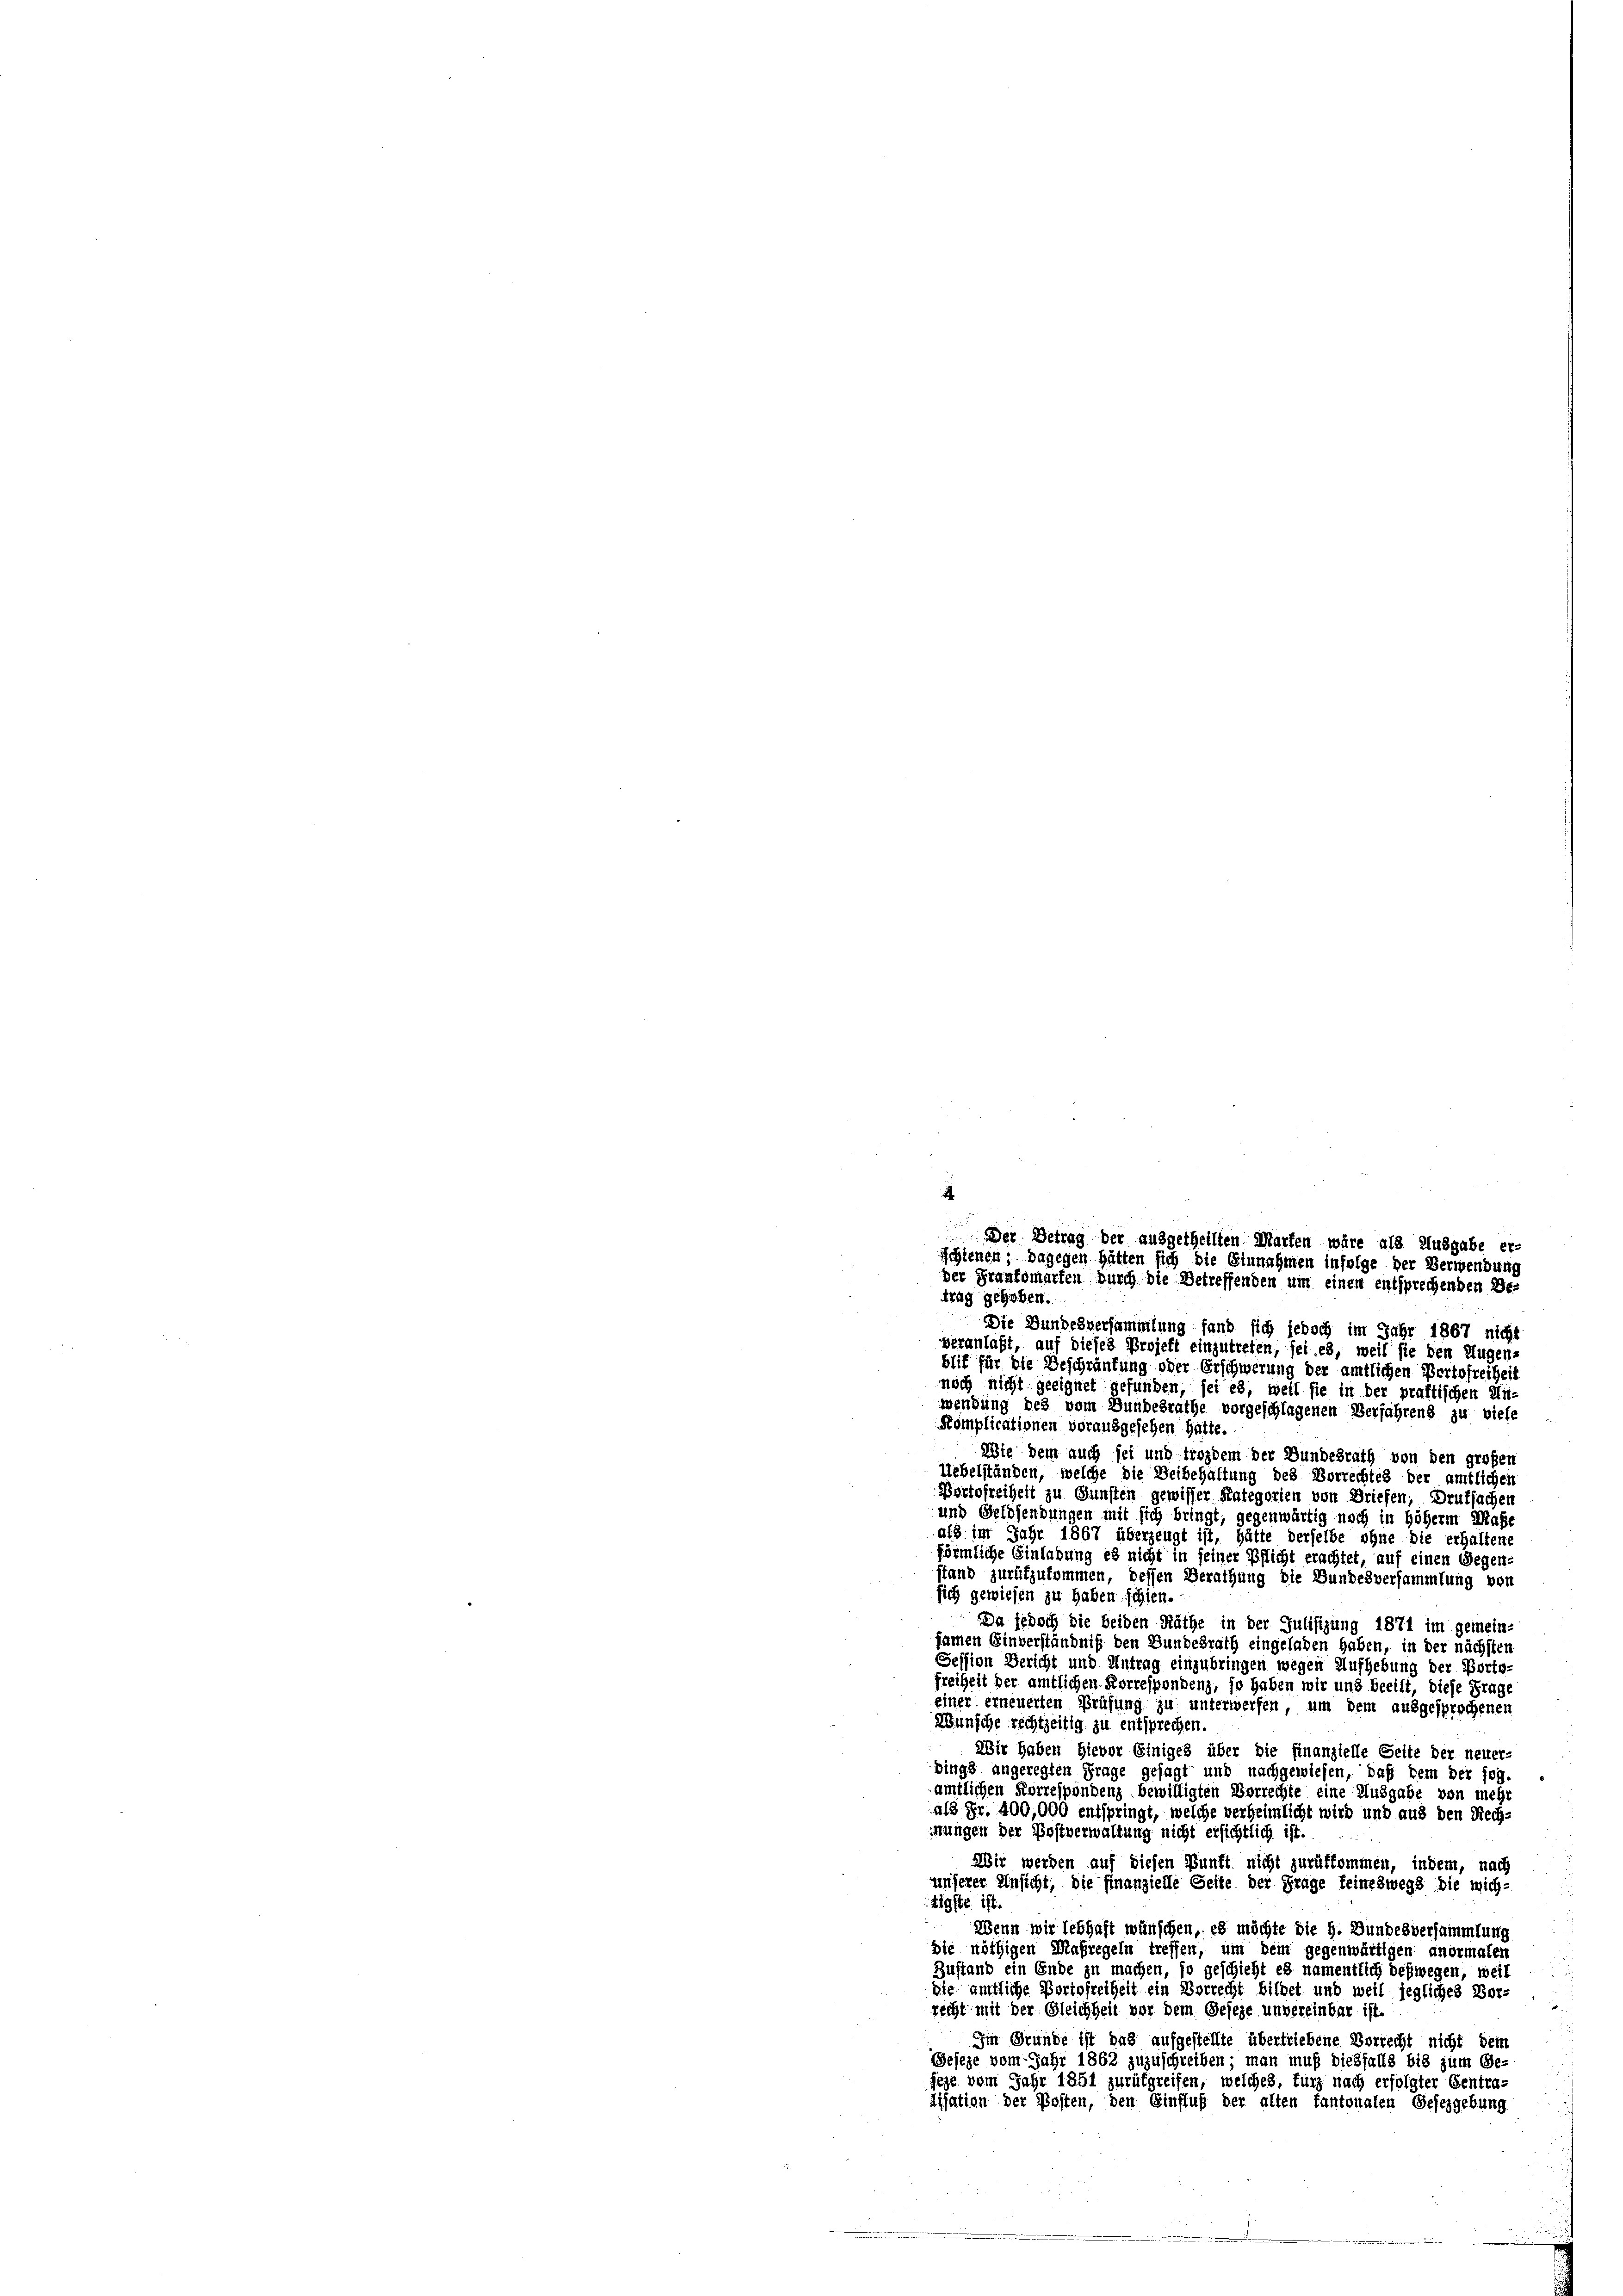
.
Der Betrag der ausgetheilten Marten wäre als Ausgabe er-
schienen; dagegen hätten sich die Einnahmen infolge der Verwendung
der Frankomarten durch die Betreffenden um einen entsprechenden De-
trag gehoben.
Die Bundesversammlung fand sich jedoch im Jahr 1867 nicht
veranlaßt, auf dieses Projekt einzutreten, sei es, weil sie den Augen-
blif für die Beschränkung oder Erschwerung der amtlichen Bertofreiheit

noch nicht geeignet gefunden, sei es, weil sie in der praktischen Unwendung des vom Bundesrathe vorgeschlagenen Verjährens zu viele
Komplicationen vorausgesehen hatte.
Wie dem auch sei und trozdem der Bundesrath von den großen
Uebelständen, welche die Deibehaltung des Vorrechtes der amtlichen
Portofreiheit zu Gunsten gewisser Kategorien von Briefen; Drufsachen
und Geldsendungen mit sich bringt, gegenwärtig noch in höherm Maße
als im Jahr 1867 überzeugt ist, hätte derselbe ohne die erhaltene
förmliche Einlabung es nicht in seiner Pflicht erachtet, auf einen Gegen-
stand zurükzukommen, dessen Berathung die Bundesversammlung von
sich gewiesen zu haben schien.
Da jedoch die beiden Räthe in der Julisizung 1871 im gemein-
samen Einverständniß den Bundesrath eingeladen haben, in der nächsten
Session Gericht und Antrag einzubringen wegen Aufhebung der Porto-
Freiheit der amtlichen Korrespondenz, so haben wir und beeilt, diese Frage
einer erneuerten Prüfung zu unterwerfen, um dem ausgesprochenen
Wünsche rechtzeitig zu entsprechen.
Wir haben hievor Einiges über die finanzielle Seite der neuer-
bings angeregten Frage gesagt und nachgewiesen, daß dem der sog.
amtlichen Korrespondenz bewilligten Vorrechte eine Ausgabe von mehr
als Fr. 400,000 entspringt, welche verheimlicht wird und aus den Rech-
inungen der Postverwaltung nicht ersichtlich ist.
Mir werden auf diesen Punkt nicht zurükkommen, indem, nach
unserer Ansicht, die Finanzielle Seite der Frage feineswegs die wich-
tigste ist.
Wenn wir lebhaft wünschen, es möchte die H. Bundesversammlung
die nöthigen Maßregeln treffen, um dem gegenwärtigen anormalen
Zustand ein Ende zu machen, so geschieht es namentlich deßwegen, weil
die amtliche Portofreiheit ein Vorrecht bildet und weil jegliches Vor-
recht mit der Gleichheit vor dem Geseze unvereinbar ist.
Im Grunde ist das aufgestellte übertriebene Vorrecht nicht dem
Geseze vom Jahr 1862 zuzuschreiben; man muß diesfalls bis zum Ge-
feje vom Jahr 1851 zurükgreifen, welches, kurz nach erfolgter Centra-
disation der Posten, den Einfluß der alten fantonalen Gesezgebung